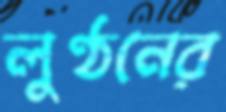
লুণ্ঠনের